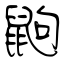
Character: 鼩